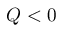
Q < 0